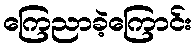
ကြေညာခဲ့ကြောင်း